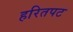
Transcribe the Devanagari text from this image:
हरितपट